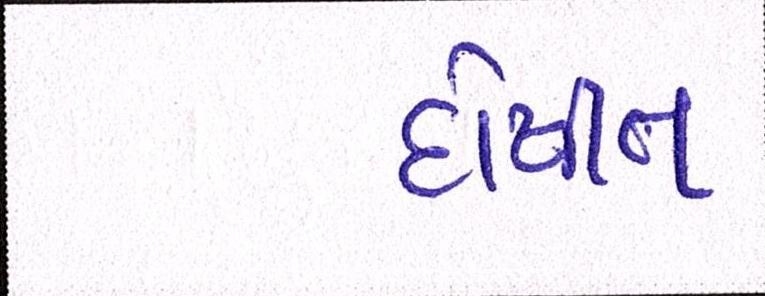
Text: દોષીત